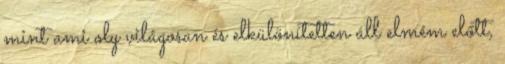
mint ami oly világosan és elkülönítetten áll elmém előtt,